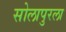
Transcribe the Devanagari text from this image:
सोलापुरला